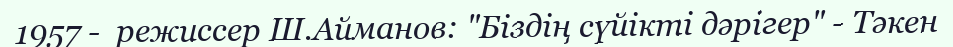
1957 -  режиссер Ш.Айманов: "Біздің сүйікті дәрігер" - Тәкен